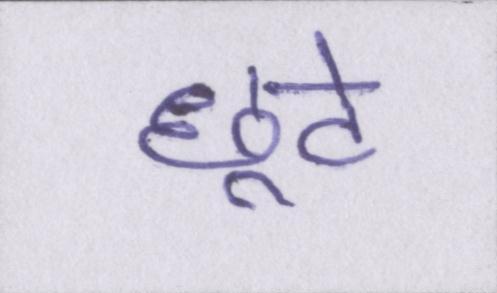
छूटे